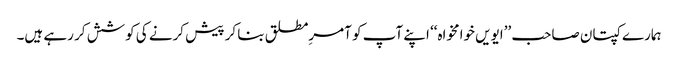
ہمارے کپتان صاحب ’’ایویں خوامخواہ‘‘ اپنے آپ کو آمرِمطلق بنا کر پیش کرنے کی کوشش کر رہے ہیں۔